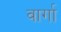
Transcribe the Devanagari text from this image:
वार्गा